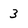
Character: 3